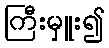
ကြီးမှူး၍